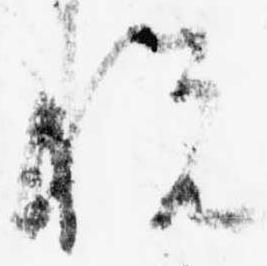
悦